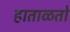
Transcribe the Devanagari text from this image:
हाताळतो